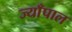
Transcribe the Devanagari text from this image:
ज्याँपाल